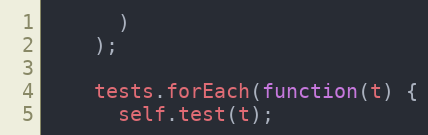
Language: JavaScript
      )
    );

    tests.forEach(function(t) {
      self.test(t);